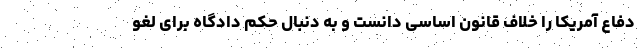
دفاع آمریکا را خلاف قانون اساسی دانست و به دنبال حکم دادگاه برای لغو